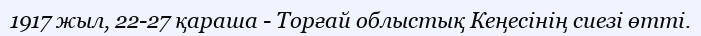
1917 жыл, 22-27 қараша - Торғай облыстық Кеңесінің сиезі өтті.